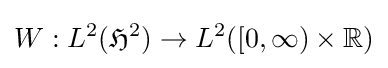
W:L^{2}({\mathfrak {H}}^{2})\to L^{2}([0,\infty )\times \mathbb {R} )